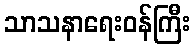
သာသနာရေးဝန်ကြီး